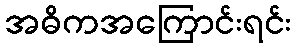
အဓိကအကြောင်းရင်း